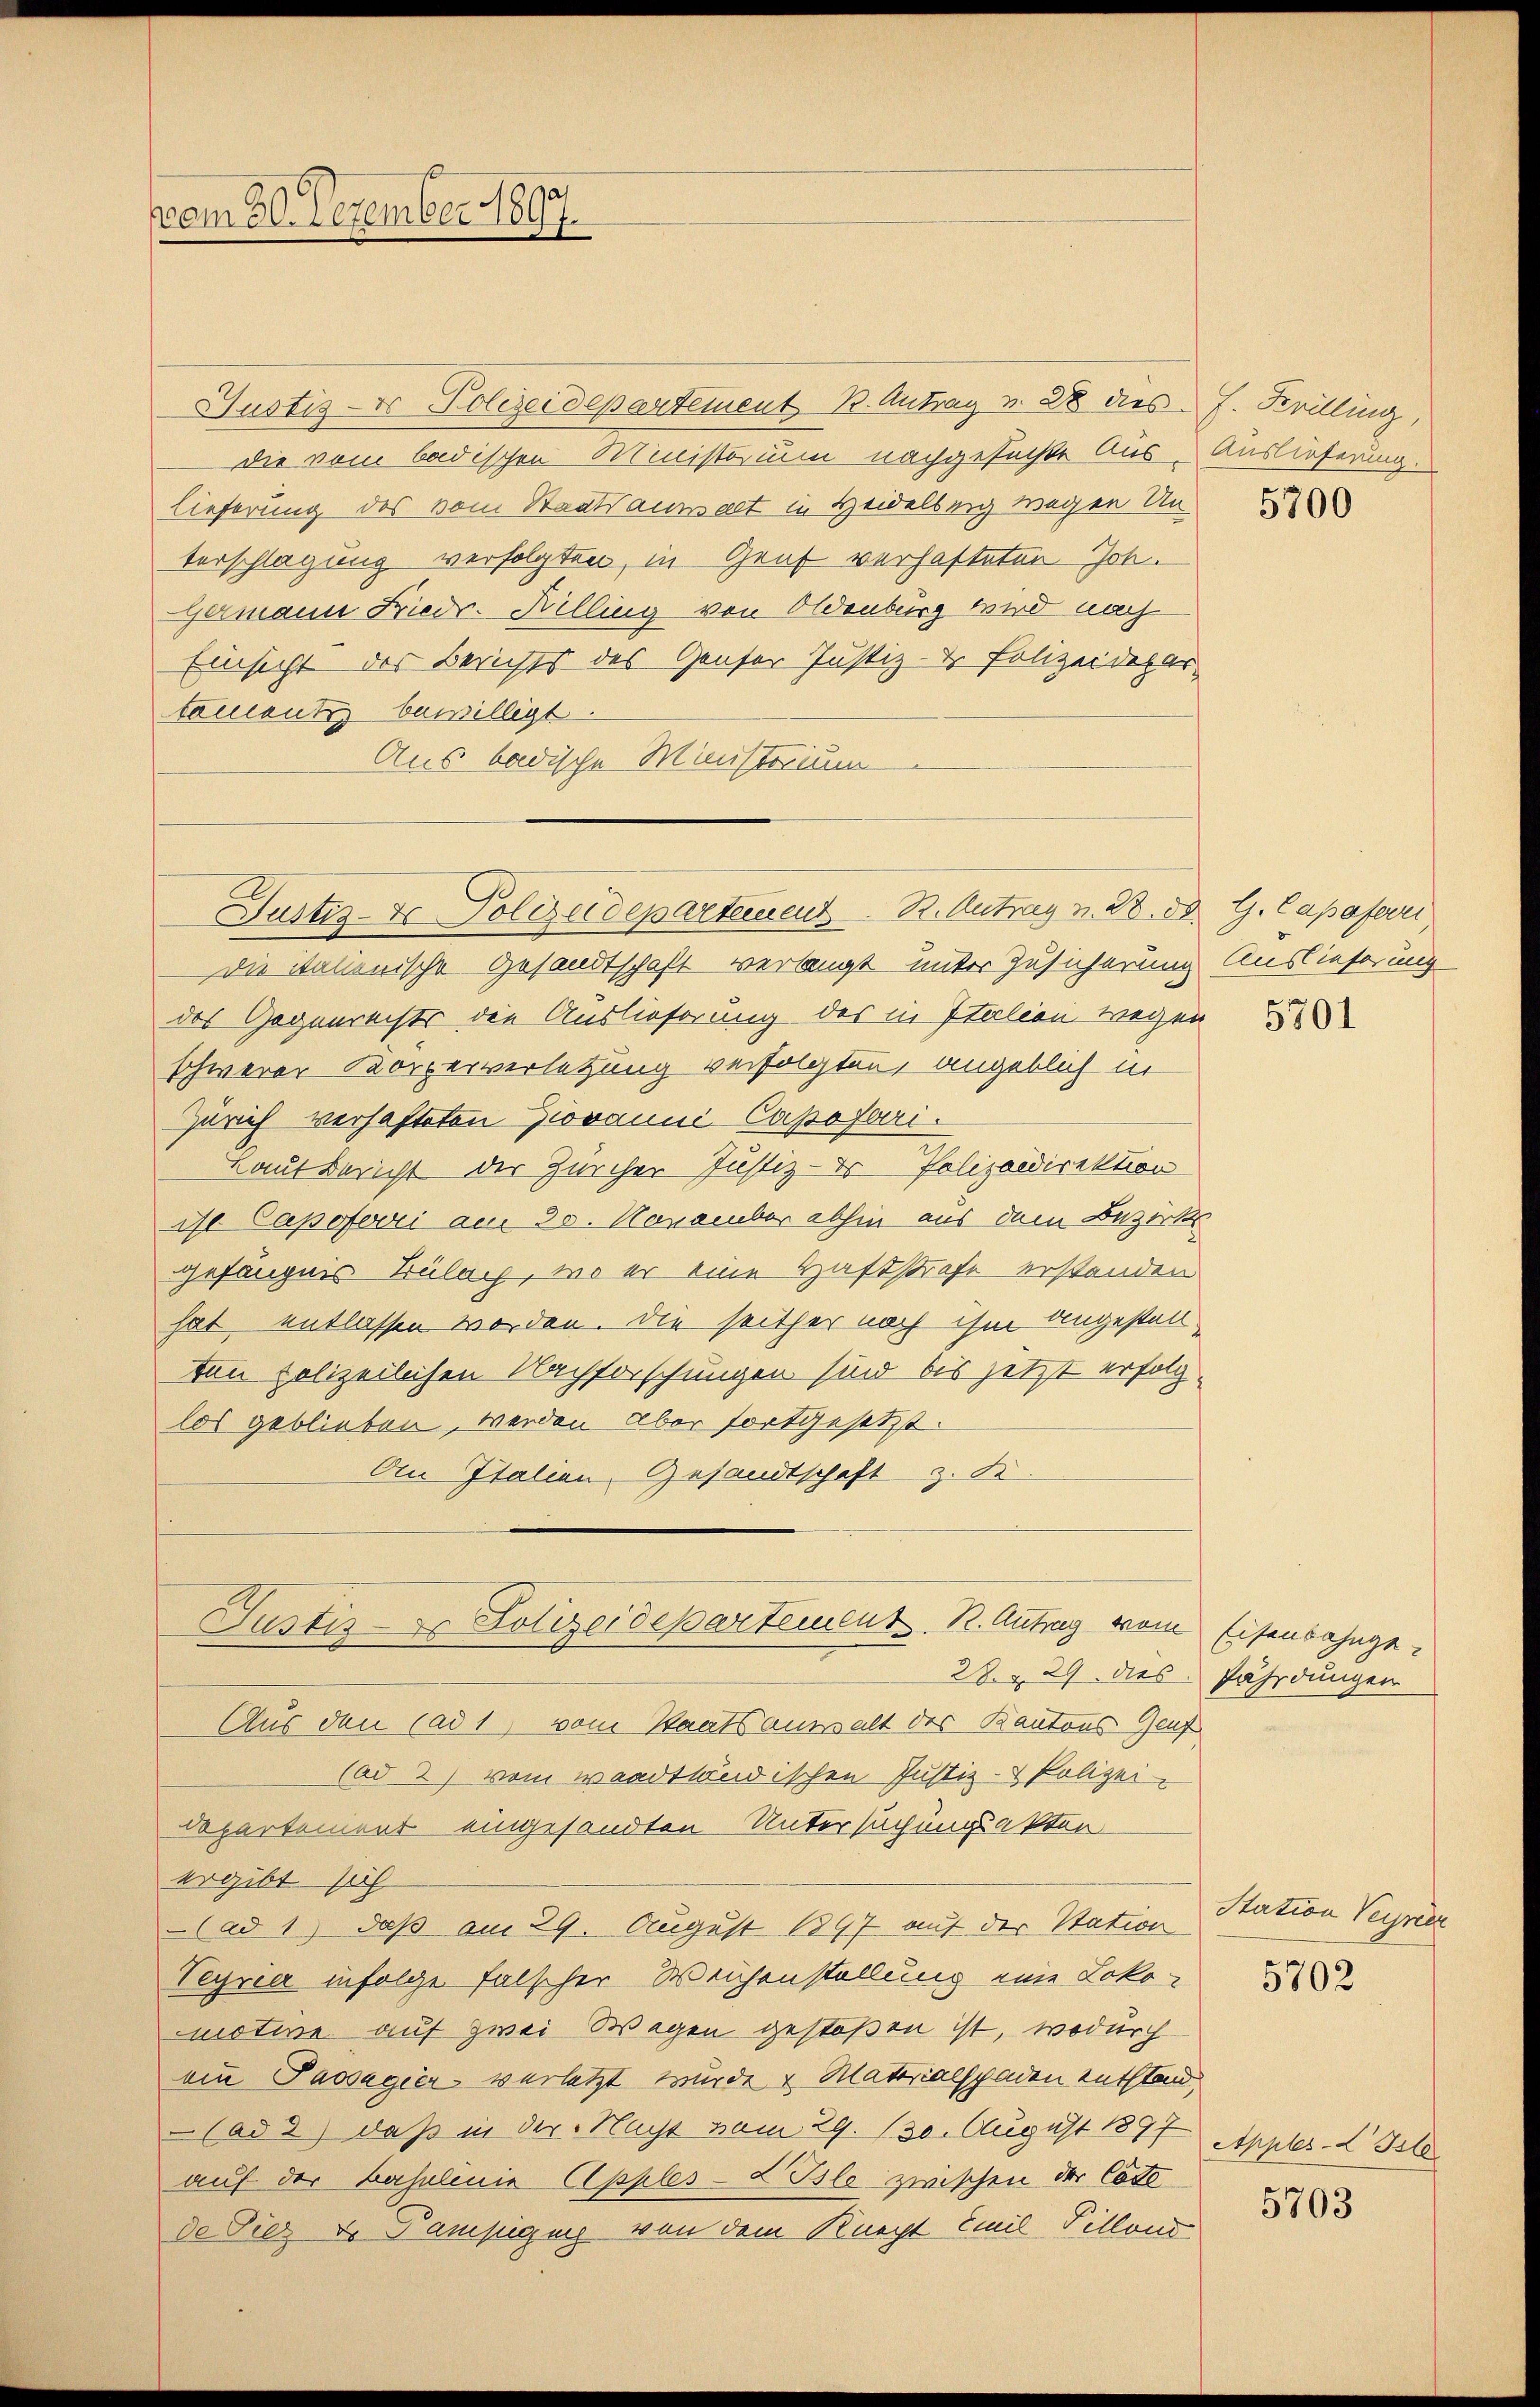
vom 30. Dezember 1897.

Gustiz- & Polizeidepartement K. Antrag v. 28 dies F. Krilling,
Die vom badischen Ministorium nachgesuchte Aus- Auslieferung.
Lieferung des vom Staatsanwalt in Heidelberg wegen Un
terschlagung verfolgten, in Genf verhafteten Joh.
Germann Frieds-Billing von Oldenburg wird nach
Einsicht des Berichts des Genfer Justiz- & Polizeidepar
tamenti bewilligt.
Aus badische Ministerium
Die italienische Gesandtschaft verlangt unter Zusicherung
des Gegenrechts die Auslieferung des in Italien wegen
schwerer Körperverletzung verfolgten, angeblich in
Zürich verhafteten Giovanni Capofbri
Laut Bericht der Zürcher Justiz- & Polizeidirektion
ist Capoferri am 30. November abhin aus dem Bezirks
gefängnis Bülach, wo er eine Haftstrafe erstanden
hat entlassen worden. Die seither noch ihm angestenten polizeilichen Nachforschungen sind bis jetzt erfolglos geblieben, werden aber fortgesetzt.
An Italien, Gesandtschaft z. di
Justi - Polizeidepartement. 1. Antrag vom Eisenbahnge¬
28. & 29. dies
Aus den ad 1, vom Staatsanwalt des Kantons Genf
(ad 2) vom waadtländischen Justiz- & Polizei-
departement eingesandten Untersuchungsakter
ergibt sich
(ad 1) daß am 29. August 1897 auf der Station
Teyrea infolge falscher Weichenstellung eine Lokomotive auf zwei Wegen gestoßen ist, wodurch
ein Passagier verletzt wurde & Materialschaden entstand
 (ad 2) daß in der Nacht vom 29. 130. August 1897
auf der Bahnlinie Apples-d Blo zwischen der Coto
de Diez v. Pamsigung von dem Knecht Emil Tillons

Justiz- & Polizeidepartement R. Antrag v. 28. 58. G. Capaferei

5700

Auslieferung

5701

fährdungen

Station Verrich
5702

Apples-L Isle

5703